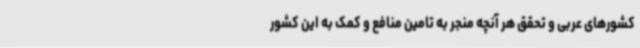
کشورهای عربی و تحقق هر آنچه منجر به تامین منافع و کمک به این کشور